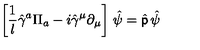
\left[ { \frac { 1 } { l } } \hat { \gamma } ^ { a } \Pi _ { a } - i \hat { \gamma } ^ { \mu } \partial _ { \mu } \right] \ \! \hat { \psi } = \hat { \sf p } \ \! \hat { \psi }